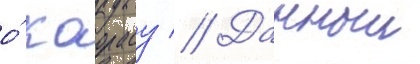
о́ каорасу // Данныи